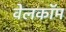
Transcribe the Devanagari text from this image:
वेलकॉम